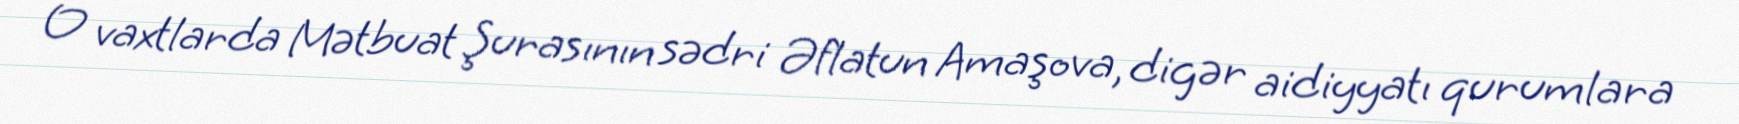
O vaxtlarda Mətbuat Şurasının sədri Əflatun Amaşova, digər aidiyyatı qurumlara